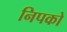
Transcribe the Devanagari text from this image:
निपको